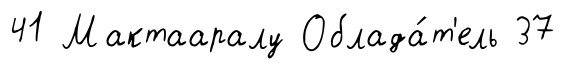
41 Мактааралу Облада́т'ель 37